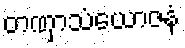
တဏှာသံယောဇနံ